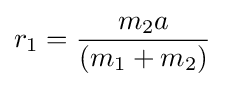
r_{1}={\frac {m_{2}a}{(m_{1}+m_{2})}}